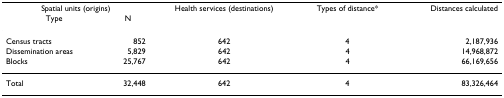
<table><thead><tr><td colspan="2"><b>Spatial units (origins)</b></td><td><b>Health services (destinations)</b></td><td><b>Types of distance*</b></td><td><b>Distances calculated</b></td></tr><tr><td><b>Type</b></td><td><b>N</b></td><td></td><td></td><td></td></tr></thead><tbody><tr><td>Census tracts</td><td>852</td><td>642</td><td>4</td><td>2,187,936</td></tr><tr><td>Dissemination areas</td><td>5,829</td><td>642</td><td>4</td><td>14,968,872</td></tr><tr><td>Blocks</td><td>25,767</td><td>642</td><td>4</td><td>66,169,656</td></tr><tr><td>Total</td><td>32,448</td><td>642</td><td>4</td><td>83,326,464</td></tr></tbody></table>